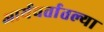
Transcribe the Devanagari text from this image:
आर्यवर्तातल्या